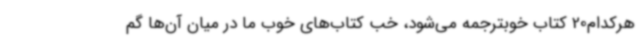
هرکدام20 کتاب خوبترجمه می‌شود، خب کتاب‌های خوب ما در میان‌ آن‌ها گم